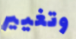
وتغيير